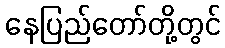
နေပြည်တော်တို့တွင်